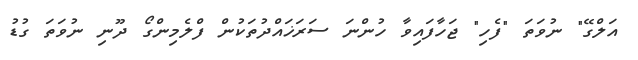
އަލްގޭ" ނުވަތަ "ފެހި" ޖަހާފައިވާ ހުންނަ ސަރަޚައްދުތަކުން ފްލެމިންގޯ ދޫނި ނުވަތަ ގުޑު